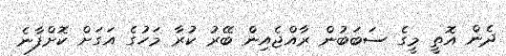
ދެން އޮތީ މީގެ ސަބަބުން ރާއްޖެއިން ބޭރު ކުރާ މަހުގެ އަގަށް ކޮށްފާނެ